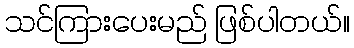
သင်ကြားပေးမည် ဖြစ်ပါတယ်။